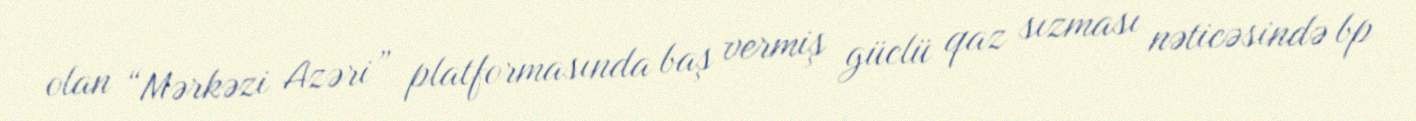
olan “Mərkəzi Azəri” platformasında baş vermiş güclü qaz sızması nəticəsində bp